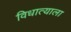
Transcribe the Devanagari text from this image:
विधात्याला